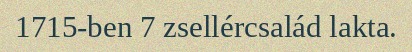
1715-ben 7 zsellércsalád lakta.